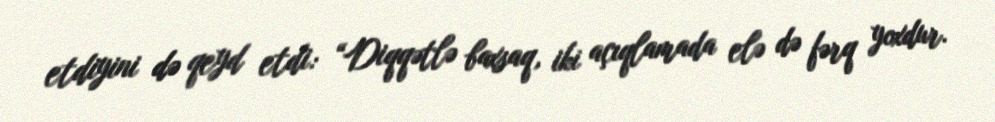
etdiyini də qeyd etdi: “Diqqətlə baxsaq, iki açıqlamada elə də fərq yoxdur.